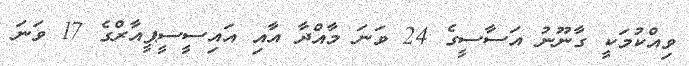
ވިއްކުމަކީ ގާނޫނު އަސާސީގެ 24 ވަނަ މާއްދާ އާއި އައިސީސީޕީއާރްގެ 17 ވަނަ